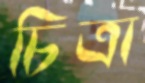
চিত্রা